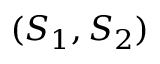
( S _ { 1 } , S _ { 2 } )